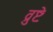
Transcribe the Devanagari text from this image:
व्रुष्टेः